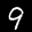
Label: 9